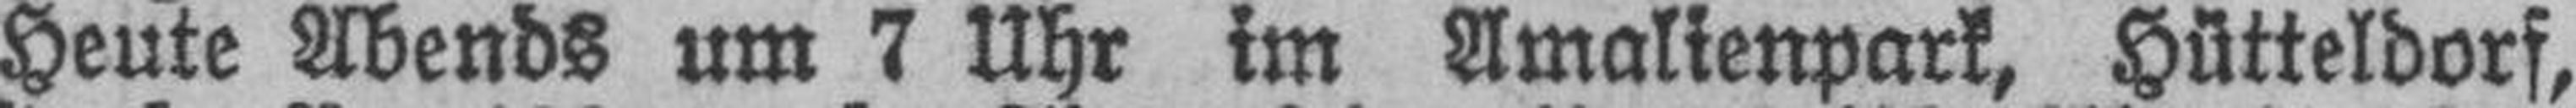
Heute Abends um 7 Uhr im Amalienpark, Hütteldorf,